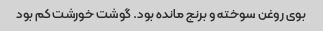
بوی روغن سوخته و برنج مانده بود. گوشت خورشت کم بود